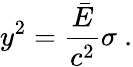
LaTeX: y^{2}={\frac{\bar{E}}{c^{2}}}\sigma\ .